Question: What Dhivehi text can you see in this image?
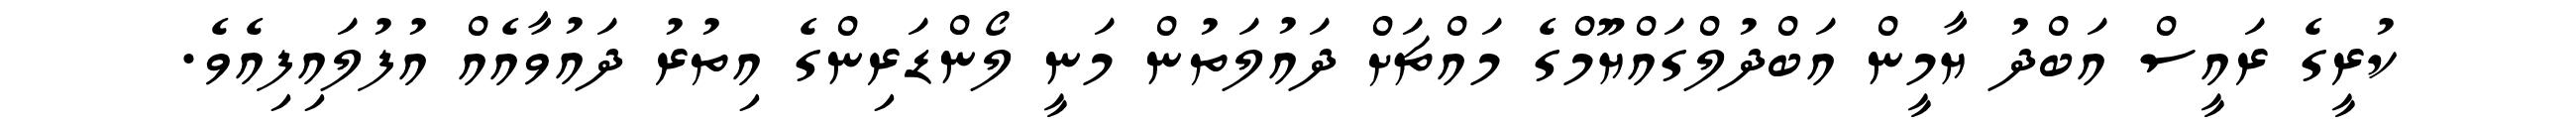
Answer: ކުރީގެ ރައީސް އަބްދު ޔާމީން އަބްދުލްގައްޔޫމްގެ މައްޗަށް ދައުލަތުން މަނީ ލޯންޑަރިންގެ އިތުރު ދައުވާއެއް އުފުލައިފިއެވެ.